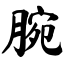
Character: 腕